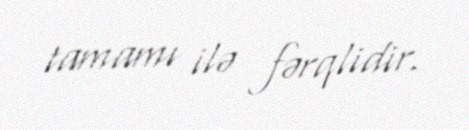
tamamı ilə fərqlidir.